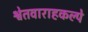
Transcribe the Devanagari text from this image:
श्वेतवाराहकल्पे